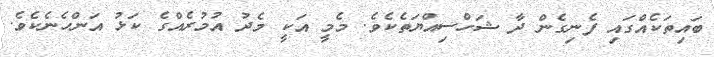
ބައިތަކެއްގައި ފެނިގެން ދާ ޝަހްސިއްޔަތެކެވެ. މެމީ އަކީ މެދު އުމުރެއްގެ ކަޅު އަންހެނެކެވެ.